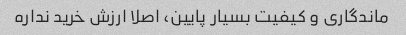
ماندگاری و کیفیت بسیار پایین، اصلا ارزش خرید نداره